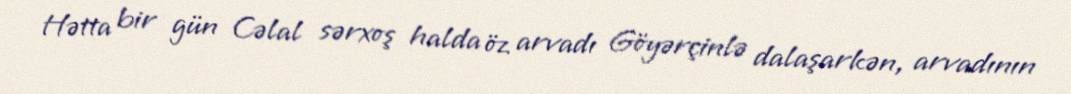
Hətta bir gün Cəlal sərxoş halda öz arvadı Göyərçinlə dalaşarkən, arvadının